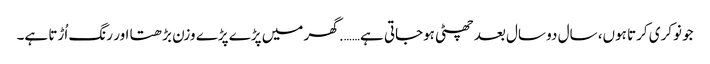
جو نوکری کرتا ہوں، سال دو سال بعد چھٹی ہوجاتی ہے……. گھر میں پڑے پڑے وزن بڑھتا اور رنگ اُڑتا ہے۔